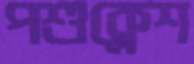
পশুক্লেশ